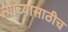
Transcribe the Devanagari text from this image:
त्यांच्यासाठीच